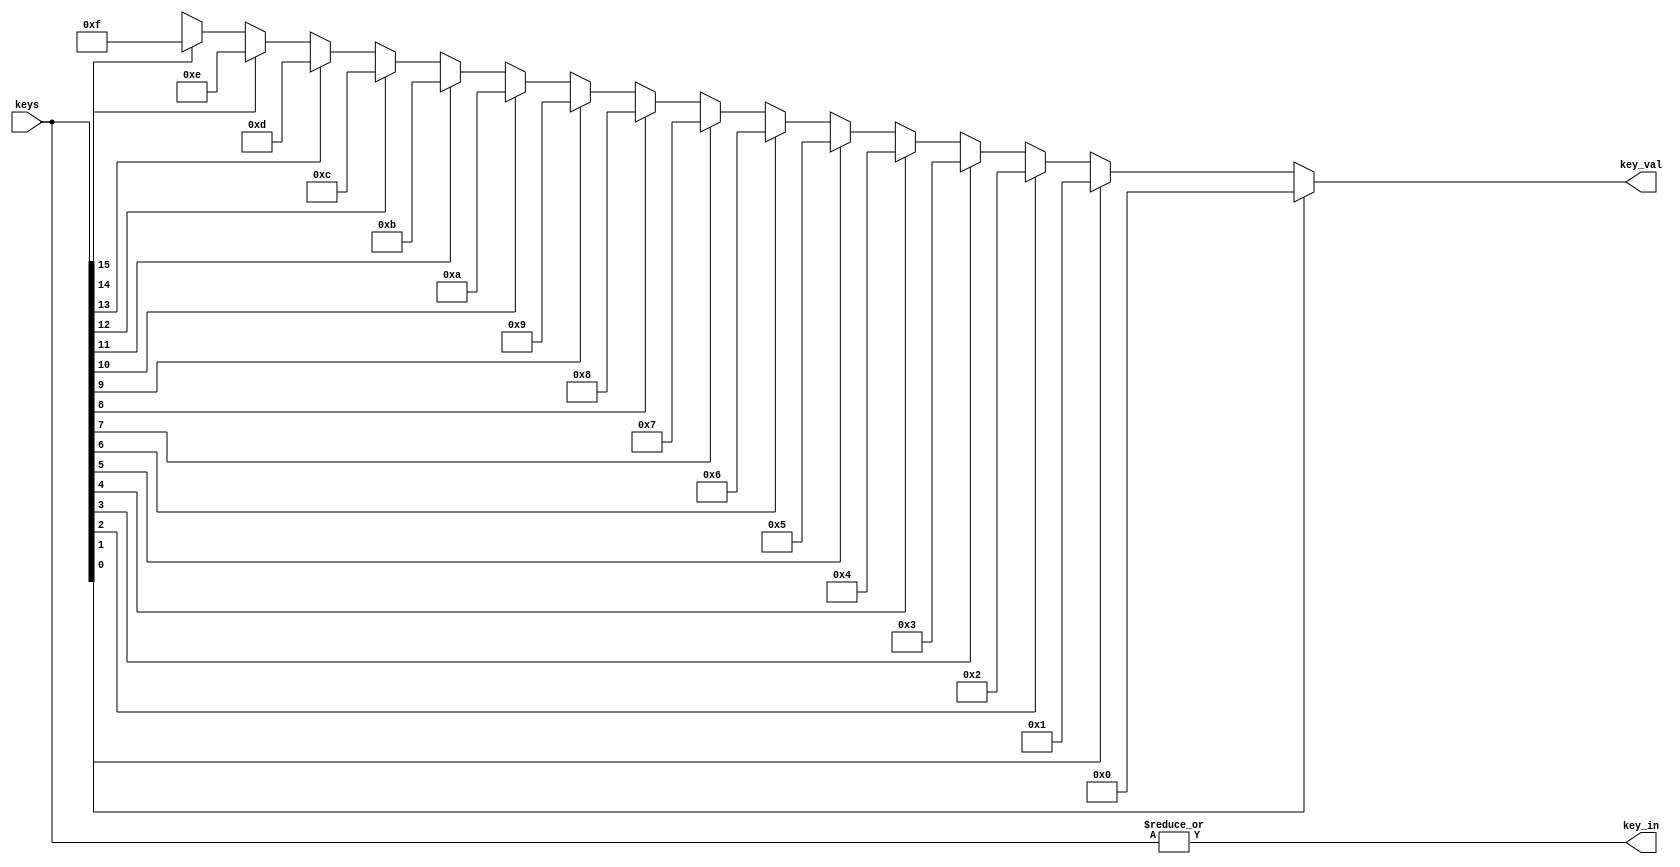
// @file keyenc.v
// @brief 
// @author Yusuke Matsunaga ( )
//
// Copyright (C) 2019 Yusuke Matsunaga
// All rights reserved.
//
// []
// 16
//
// []
// keys: 
// key_in: 1
// key_val: (0 - 15)
module keyenc(input [15:0] keys,
              output       key_in,
              output [3:0] key_val);
         
function [3:0] encoder;
input [15:0] f_in;
   begin
      casex (f_in)
      16'bxxxx_xxxx_xxxx_xxx1: encoder = 4'h0;
      16'bxxxx_xxxx_xxxx_xx1x: encoder = 4'h1;
      16'bxxxx_xxxx_xxxx_x1xx: encoder = 4'h2;
      16'bxxxx_xxxx_xxxx_1xxx: encoder = 4'h3;
      16'bxxxx_xxxx_xxx1_xxxx: encoder = 4'h4;
      16'bxxxx_xxxx_xx1x_xxxx: encoder = 4'h5;
      16'bxxxx_xxxx_x1xx_xxxx: encoder = 4'h6;
      16'bxxxx_xxxx_1xxx_xxxx: encoder = 4'h7;
      16'bxxxx_xxx1_xxxx_xxxx: encoder = 4'h8;
      16'bxxxx_xx1x_xxxx_xxxx: encoder = 4'h9;
      16'bxxxx_x1xx_xxxx_xxxx: encoder = 4'ha;
      16'bxxxx_1xxx_xxxx_xxxx: encoder = 4'hb;
      16'bxxx1_xxxx_xxxx_xxxx: encoder = 4'hc;
      16'bxx1x_xxxx_xxxx_xxxx: encoder = 4'hd;
      16'bx1xx_xxxx_xxxx_xxxx: encoder = 4'he;
      16'b1xxx_xxxx_xxxx_xxxx: encoder = 4'hf;
      endcase
   end
endfunction

assign key_in = |keys;
assign key_val = encoder(keys);

endmodule // keyenc